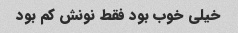
خیلی خوب بود فقط نونش کم بود